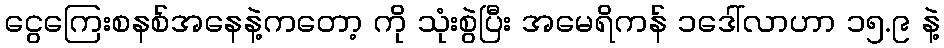
ငွေကြေးစနစ်အနေနဲ့ကတော့ ကို သုံးစွဲပြီး အမေရိကန် ၁ဒေါ်လာဟာ ၁၅.၉ နဲ့